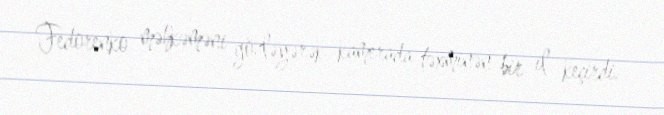
Fedorenko məhkəməni gözləyərək kamerada təxminən bir il keçirdi.